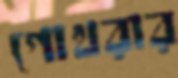
গোখরার